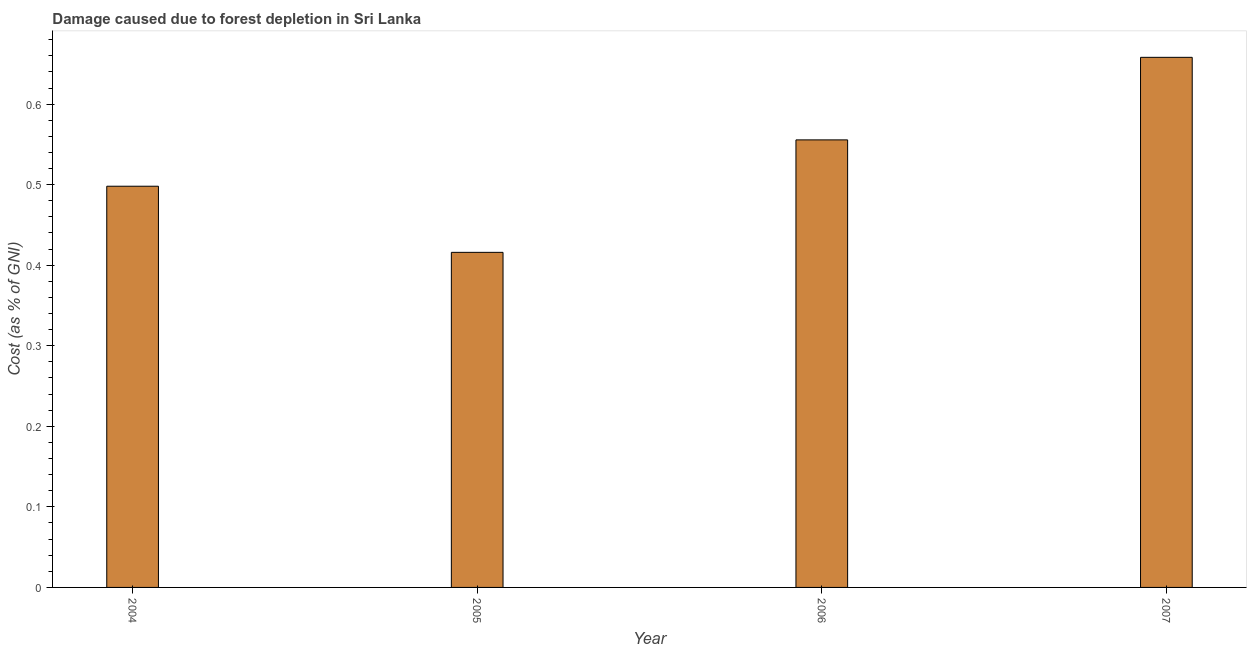
| Year | net forest depletion |
 | --- | --- |
 | 2004 | 0.498 |
 | 2005 | 0.416 |
 | 2006 | 0.556 |
 | 2007 | 0.658 |